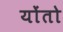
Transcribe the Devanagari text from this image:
योंतो